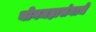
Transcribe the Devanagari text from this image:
योगमहासंघाचे